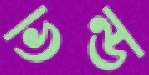
ভন্ড